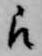
被